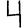
Digit: 4